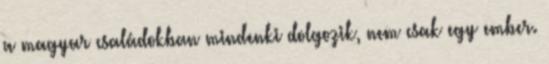
a magyar családokban mindenki dolgozik, nem csak egy ember.